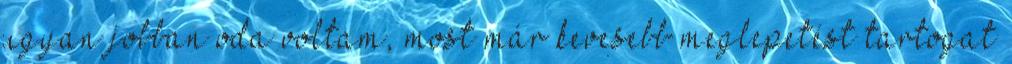
ugyan jobban oda voltam, most már kevesebb meglepetést tartogat